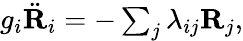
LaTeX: \begin{array}{r}{g_{i}\ddot{\mathbf R}_{i}=-\sum_{j}\lambda_{ij}{\mathbf R}_{j},}\end{array}